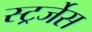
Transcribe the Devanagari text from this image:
स्ट्रर्जेस